Madras plague regulations in force outside the Presidency town - Volume 1
Disease focus: Plague
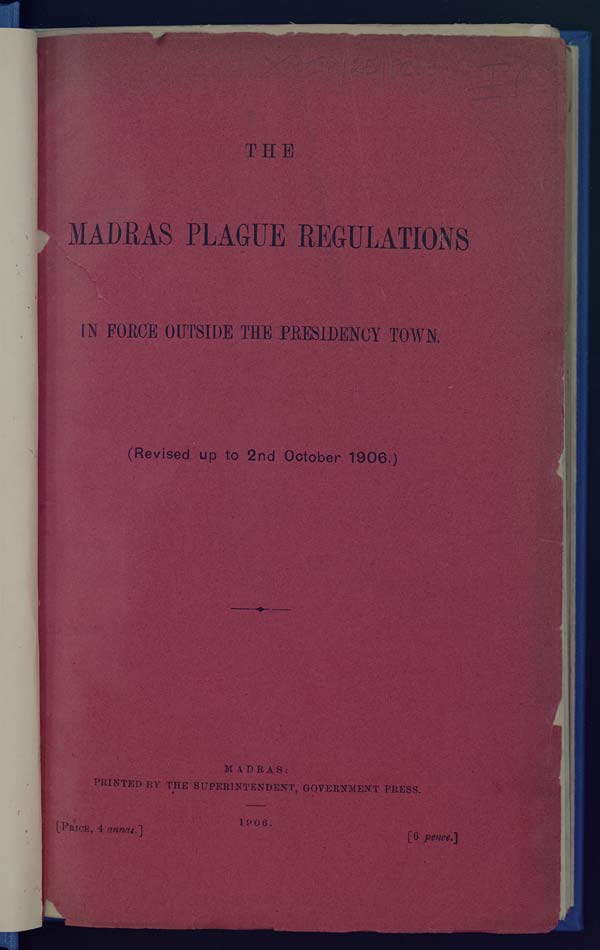
THE
MADRAS PLAGUE REGULATIONS
IN FORCE OUTSIDE THE PRESIDENCY TOWN.
(Revised up to 2nd October 1906.)
MADRAS:
PRINTED BY THE SUPERINTENDENT, GOVERNMENT PRESS.
1906.
[PRICE, 4
annas.]
[6 pence.]